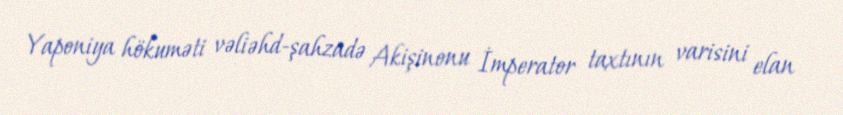
Yaponiya hökuməti vəliəhd-şahzadə Akişinonu İmperator taxtının varisini elan